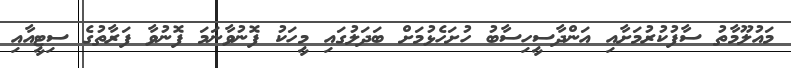
މައުލޫމާތު ސާފުކުރުމަށާއި އަންދާސީހިސާބު ހުށަހެޅުމަށް ބަދަލުގައި މީހަކު ފޮނުވާނަމަ ފޮނުވާ ފަރާތުގެ ސިޓީއާއި